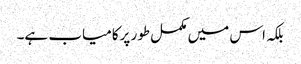
بلکہ اس میں مکمل طور پرکامیاب ہے۔